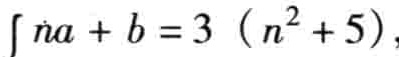
\(\int \dot{n}a + b = 3\ (n^{2}+5),\)